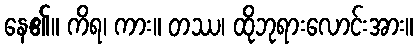
နေ၏။ ကိရ၊ ကား။ တဿ၊ ထိုဘုရားလောင်းအား။